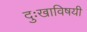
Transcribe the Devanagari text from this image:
दुःखाविषयी